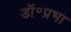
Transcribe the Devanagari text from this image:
डॉ॰प्रभा